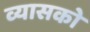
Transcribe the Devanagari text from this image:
व्यासको